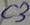
Text: C3